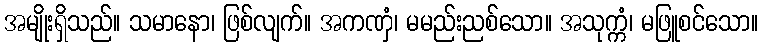
အမျိုးရှိသည်။ သမာနော၊ ဖြစ်လျက်။ အကဏှံ၊ မမည်းညစ်သော။ အသုက္ကံ၊ မဖြူစင်သော။